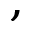
,